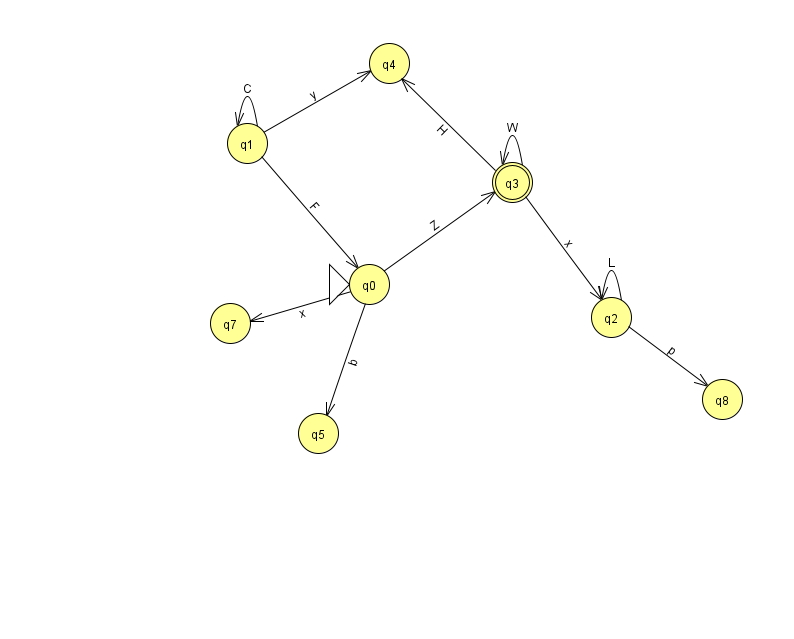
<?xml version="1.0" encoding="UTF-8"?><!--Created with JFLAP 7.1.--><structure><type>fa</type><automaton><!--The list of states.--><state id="0" name="q0"><x>369.0</x><y>271.0</y><initial/></state><state id="1" name="q1"><x>247.0</x><y>130.0</y></state><state id="2" name="q2"><x>611.0</x><y>304.0</y></state><state id="3" name="q3"><x>512.0</x><y>169.0</y><final/></state><state id="4" name="q4"><x>389.0</x><y>50.0</y></state><state id="5" name="q5"><x>318.0</x><y>420.0</y></state><state id="7" name="q7"><x>230.0</x><y>310.0</y></state><state id="8" name="q8"><x>722.0</x><y>386.0</y></state><!--The list of transitions.--><transition><from>0</from><to>5</to><read>b</read></transition><transition><from>3</from><to>4</to><read>H</read></transition><transition><from>1</from><to>1</to><read>C</read></transition><transition><from>1</from><to>0</to><read>F</read></transition><transition><from>2</from><to>8</to><read>p</read></transition><transition><from>1</from><to>4</to><read>y</read></transition><transition><from>3</from><to>3</to><read>W</read></transition><transition><from>3</from><to>2</to><read>x</read></transition><transition><from>0</from><to>7</to><read>x</read></transition><transition><from>2</from><to>2</to><read>L</read></transition><transition><from>0</from><to>3</to><read>Z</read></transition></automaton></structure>